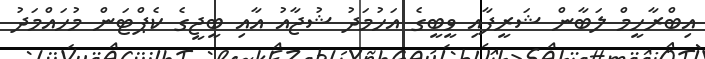
އިބްރާހީމް ލަބާން ޝަރީފާއި ވީބީގެ އަހުމަދު ޝުޖާއު އާއި ބީޖީގެ ކެޕްޓަން މުހައްމަދު